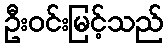
ဦးဝင်းမြင့်သည်